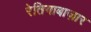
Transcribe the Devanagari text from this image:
रेतियाबाज़ार